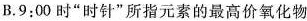
B.9:00时”时针”所指元素的最高价氧化物